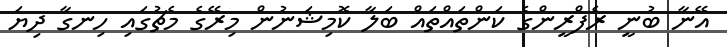
އޭނާ ބުނީ ރެފްރީންގެ ކަންތައްތައް ބަލާ ކޮމިޝަނުން މިރޭގެ މެޗުގައި ހިނގާ ދިޔަ